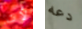
لأن دعه